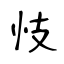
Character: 忮